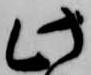
此